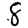
Digit: 8